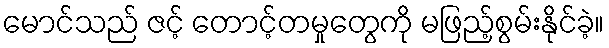
မောင်သည် ဇင့် တောင့်တမှုတွေကို မဖြည့်စွမ်းနိုင်ခဲ့။